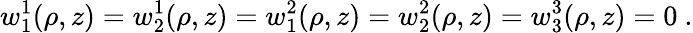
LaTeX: w_{1}^{1}(\rho,z)=w_{2}^{1}(\rho,z)=w_{1}^{2}(\rho,z)=w_{2}^{2}(\rho,z)=w_{3}^{3}(\rho,z)=0\ .